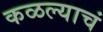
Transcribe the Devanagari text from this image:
कळल्याचं